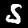
Label: 5